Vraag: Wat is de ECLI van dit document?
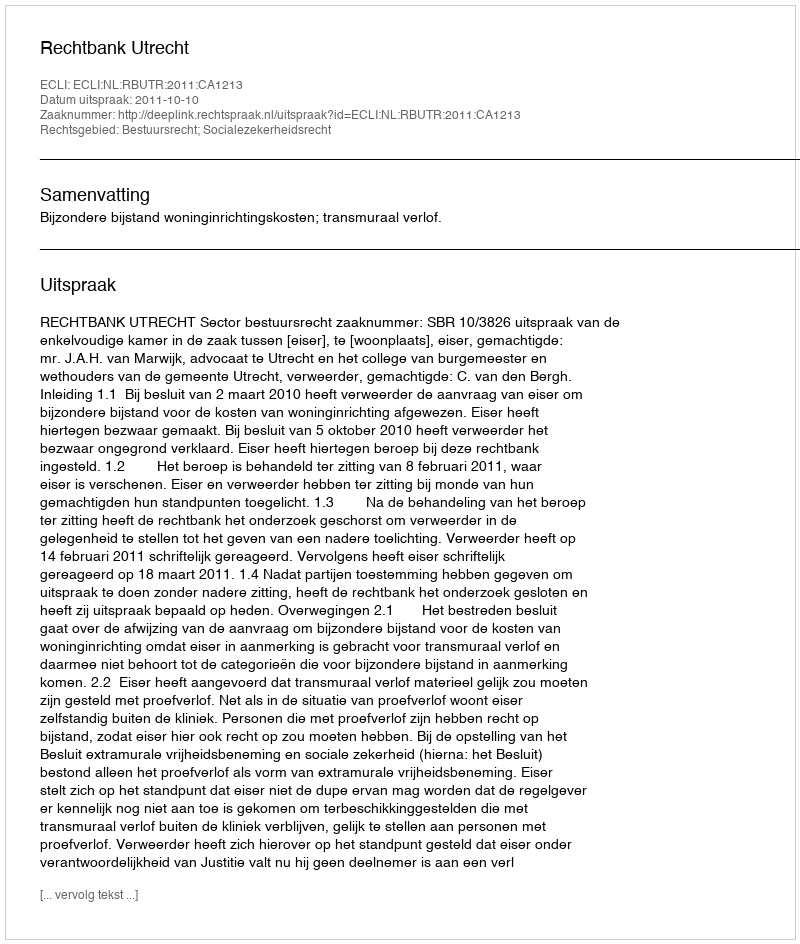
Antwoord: ECLI:NL:RBUTR:2011:CA1213